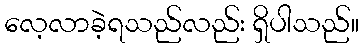
လေ့လာခဲ့ရသည်လည်း ရှိပါသည်။